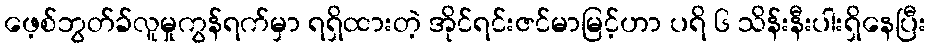
ဖေ့စ်ဘွတ်ခ်လူမှုကွန်ရက်မှာ ရရှိထားတဲ့ အိုင်ရင်းဇင်မာမြင့်ဟာ ပရိ ၆ သိန်းနီးပါးရှိနေပြီး